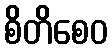
စိတိစေဝ